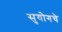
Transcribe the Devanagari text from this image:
सुयोगचे